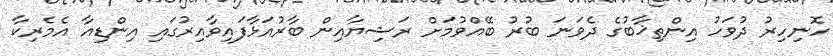
ހޮނިހިރު ދުވަހު އިންތިޚާބުގެ ދެވަނަ ބުރު ބޭއްވުމަށް ރަޝިޔާއިން ބާރުއަޅާފައިވާއިރުގައި އިންޑިއާ އެމެރިކާ